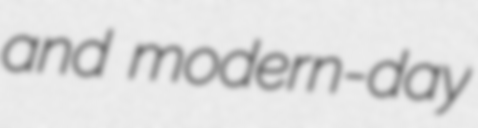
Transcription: and modern-day